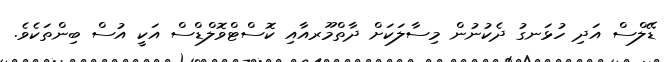
ޑޭލްސް އަދި ހުޅަނގު ދެކުނުން މިސާލަކަށް ދާތްމޫރއާއި ކޮސްޓްވޮލްޑްސް އަކީ އުސް ބިންތަކެވެ.